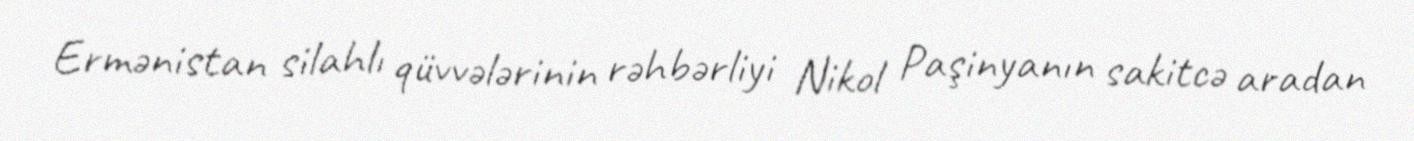
Ermənistan silahlı qüvvələrinin rəhbərliyi Nikol Paşinyanın sakitcə aradan